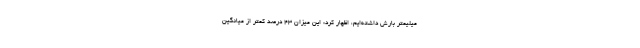
میلیمتر بارش داشته‌ایم، اظهار کرد: این میزان ۴۳ درصد کمتر از میانگین